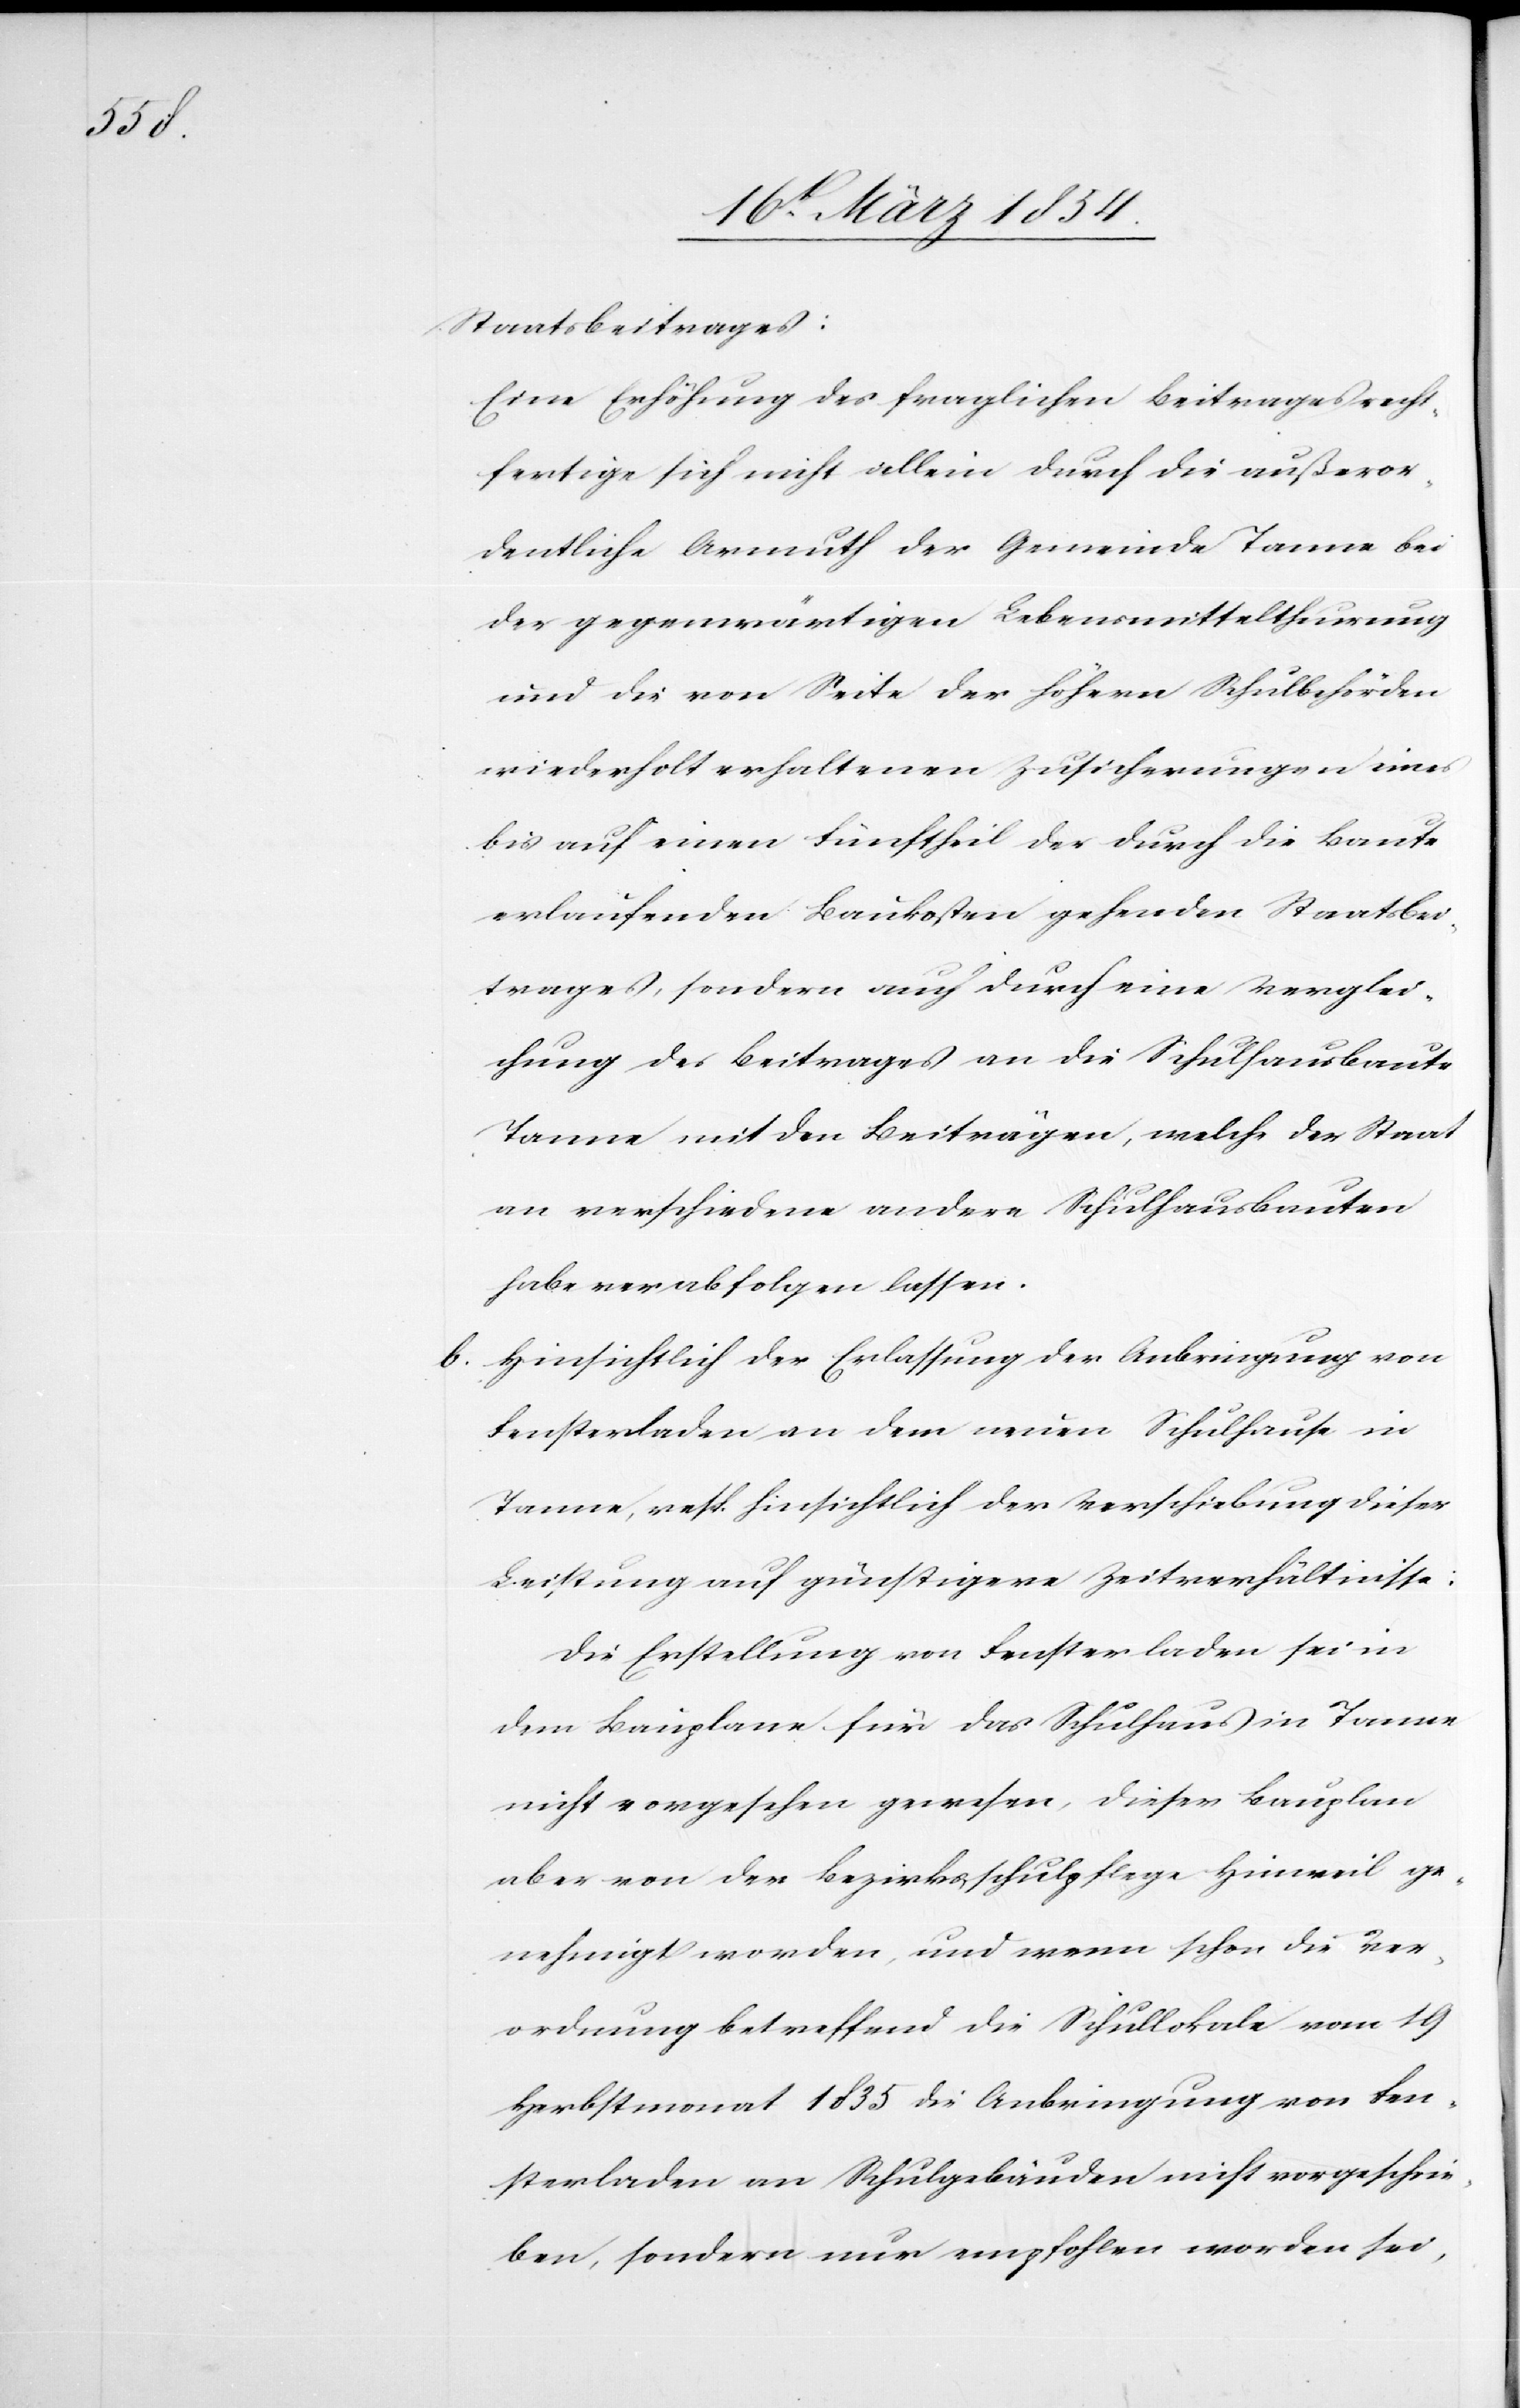
Staatsbeitrages:
Eine Erhöhung des fraglichen Beitrages recht¬
fertige sich nicht allein durch die außeror¬
dentliche Armuth der Gemeinde Tanne bei
der gegenwärtigen Lebensmitteltheurung
und die von Seite der höhern Schulbehörden
wiederholt erhaltenen Zusicherungen eines
bis auf einen Fünftheil der durch die Baute
erlaufenden Baukosten gehenden Staatsbei¬
trages, sondern auch durch eine Verglei¬
chung des Beitrages an die Schulhausbaute
Tanne mit den Beiträgen, welche der Staat
an verschiedene andere Schulhausbauten
habe verabfolgen lassen.
b) Hinsichtlich der Erlassung der Anbringung von
Fensterladen an dem neuen Schulhause in
Tanne, resp. hinsichtlich der Verschiebung dieser
Leistung auf günstigere Zeitverhältnisse:
Die Erstellung von Fensterladen sei in
dem Bauplane für das Schulhaus in Tanne
nicht vorgesehen gewesen, dieser Bauplan
aber von der Bezirksschulpflege Hinweil ge¬
nehmigt worden, und wenn schon die Ver¬
ordnung betreffend die Schullokale vom 19
Herbstmonat 1835 die Anbringung von Fen¬
sterladen an Schulgebäuden nicht vorgeschrie¬
ben, sondern nur empfohlen worden sei,